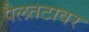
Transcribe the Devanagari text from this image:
पैलतटावर